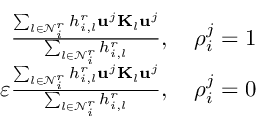
\begin{array} { r } { \frac { \sum _ { l \in \mathcal { N } _ { i } ^ { r } } h _ { i , l } ^ { r } \mathbf { u } ^ { j } \mathbf { K } _ { l } \mathbf { u } ^ { j } } { \sum _ { l \in \mathcal { N } _ { i } ^ { r } } h _ { i , l } ^ { r } } , \quad \rho _ { i } ^ { j } = 1 } \\ { \varepsilon \frac { \sum _ { l \in \mathcal { N } _ { i } ^ { r } } h _ { i , l } ^ { r } \mathbf { u } ^ { j } \mathbf { K } _ { l } \mathbf { u } ^ { j } } { \sum _ { l \in \mathcal { N } _ { i } ^ { r } } h _ { i , l } ^ { r } } , \quad \rho _ { i } ^ { j } = 0 } \end{array}